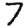
Digit: 7